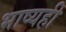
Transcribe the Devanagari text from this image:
भाष्यही